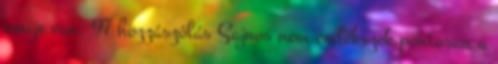
amije van. 97 hozzászólás Sajnos nem emlékszek pontosan a